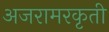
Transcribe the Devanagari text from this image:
अजरामरकृती